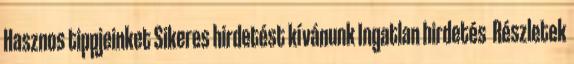
Hasznos tippjeinket Sikeres hirdetést kívánunk Ingatlan hirdetés Részletek